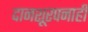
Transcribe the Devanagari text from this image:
दानशूरपनाही